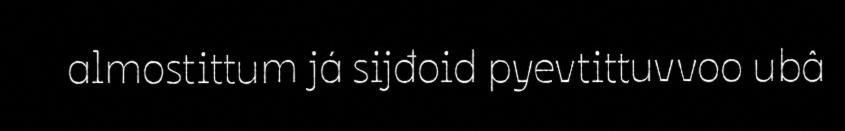
almostittum já sijđoid pyevtittuvvoo ubâ